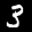
Label: 3